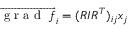
\overrightarrow { \mathrm { ~ g ~ r ~ a ~ d ~ } ~ f } _ { i } = ( R I R ^ { T } ) _ { i j } x _ { j }